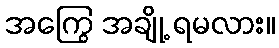
အကြွေ အချို့ ရမလား။